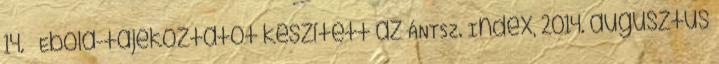
14. ↑ Ebola-tájékoztatót készített az ÁNTSZ. Index, 2014. augusztus